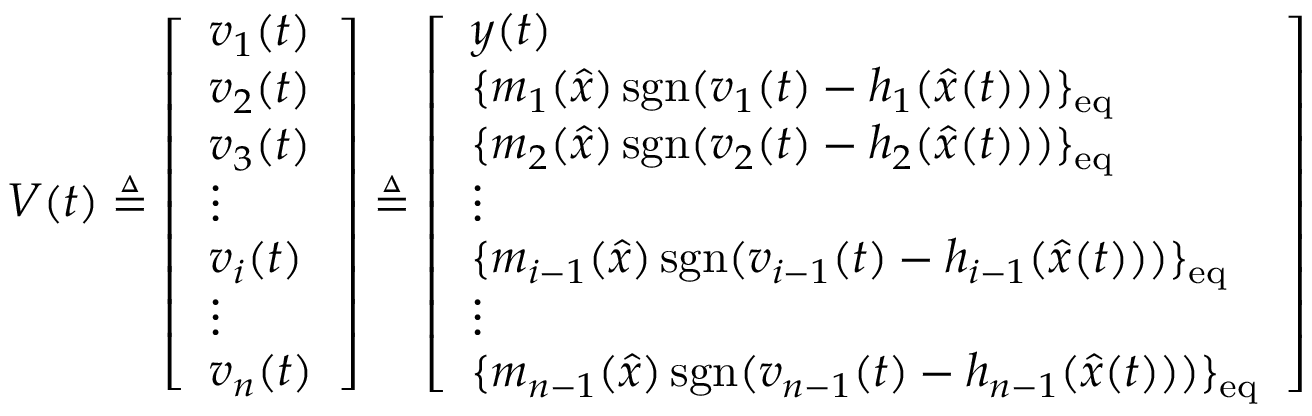
V ( t ) \triangleq { \left[ \begin{array} { l } { v _ { 1 } ( t ) } \\ { v _ { 2 } ( t ) } \\ { v _ { 3 } ( t ) } \\ { \vdots } \\ { v _ { i } ( t ) } \\ { \vdots } \\ { v _ { n } ( t ) } \end{array} \right] } \triangleq { \left[ \begin{array} { l } { y ( t ) } \\ { \{ m _ { 1 } ( { \hat { x } } ) \operatorname { s g n } ( v _ { 1 } ( t ) - h _ { 1 } ( { \hat { x } } ( t ) ) ) \} _ { \mathrm { e q } } } \\ { \{ m _ { 2 } ( { \hat { x } } ) \operatorname { s g n } ( v _ { 2 } ( t ) - h _ { 2 } ( { \hat { x } } ( t ) ) ) \} _ { \mathrm { e q } } } \\ { \vdots } \\ { \{ m _ { i - 1 } ( { \hat { x } } ) \operatorname { s g n } ( v _ { i - 1 } ( t ) - h _ { i - 1 } ( { \hat { x } } ( t ) ) ) \} _ { \mathrm { e q } } } \\ { \vdots } \\ { \{ m _ { n - 1 } ( { \hat { x } } ) \operatorname { s g n } ( v _ { n - 1 } ( t ) - h _ { n - 1 } ( { \hat { x } } ( t ) ) ) \} _ { \mathrm { e q } } } \end{array} \right] }